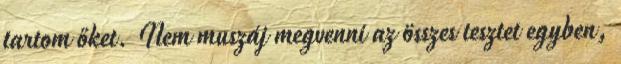
tartom őket. Nem muszáj megvenni az összes tesztet egyben,